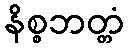
နိစ္စဘတ္တံ